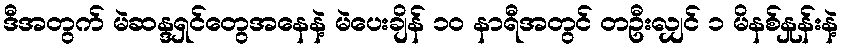
ဒီအတွက် မဲဆန္ဒရှင်တွေအနေနဲ့ မဲပေးချိန် ၁၀ နာရီအတွင် တဦးလျှင် ၁ မိနစ်နှုန်းနဲ့